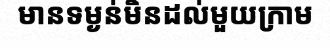
មានទម្ងន់មិនដល់មួយក្រាម